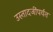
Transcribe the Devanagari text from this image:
उस्तादजींपर्यंत